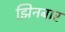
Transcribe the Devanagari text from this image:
झिनबार